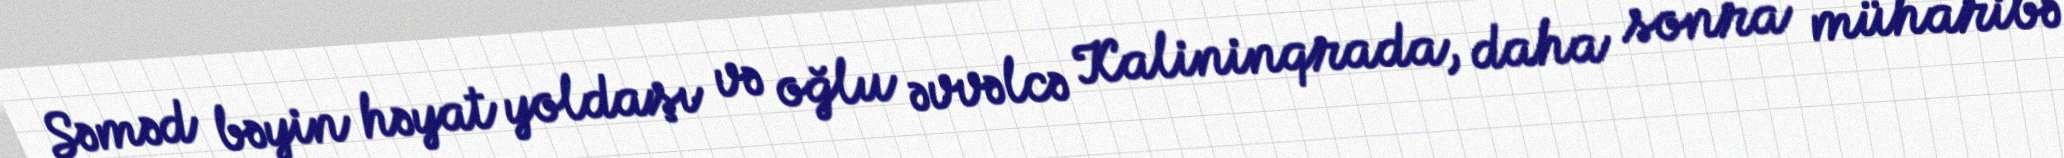
Səməd bəyin həyat yoldaşı və oğlu əvvəlcə Kalininqrada, daha sonra müharibə